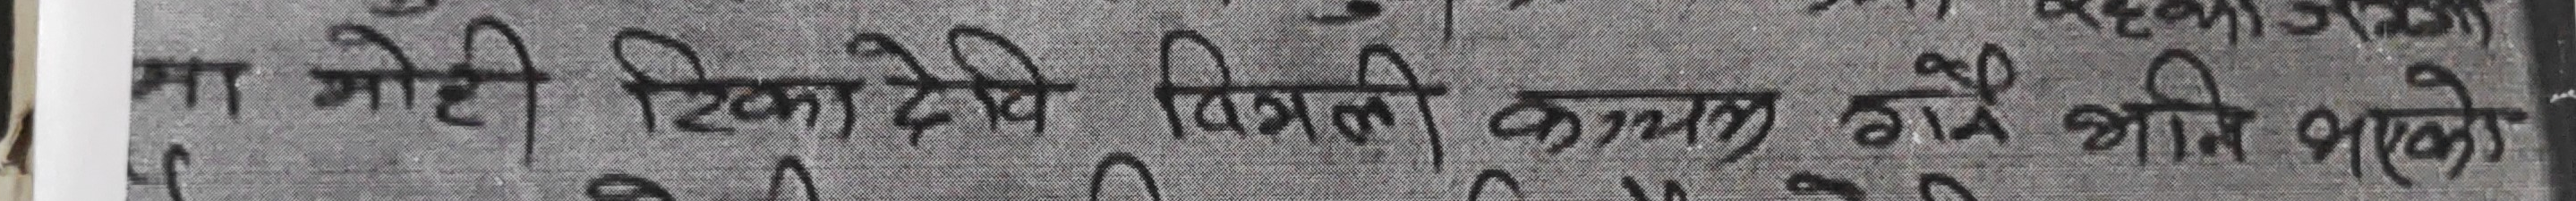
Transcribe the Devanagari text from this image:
मा मोही टिका देवि विमला कायग होन भनि पालेको